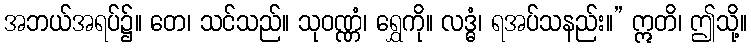
အဘယ်အရပ်၌။ တေ၊ သင်သည်။ သုဝဏ္ဏံ၊ ရွှေကို။ လဒ္ဓံ၊ ရအပ်သနည်း။” ဣတိ၊ ဤသို့။